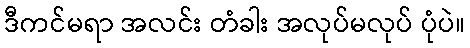
ဒီကင်မရာ အလင်း တံခါး အလုပ်မလုပ် ပုံပဲ။